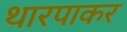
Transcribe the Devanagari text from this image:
थारपाकर